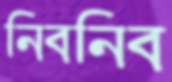
নিবনিব